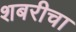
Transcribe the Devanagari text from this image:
शबरीचा